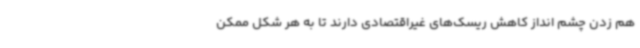
هم زدن چشم انداز کاهش ریسک‌های غیراقتصادی دارند تا به هر شکل ممکن